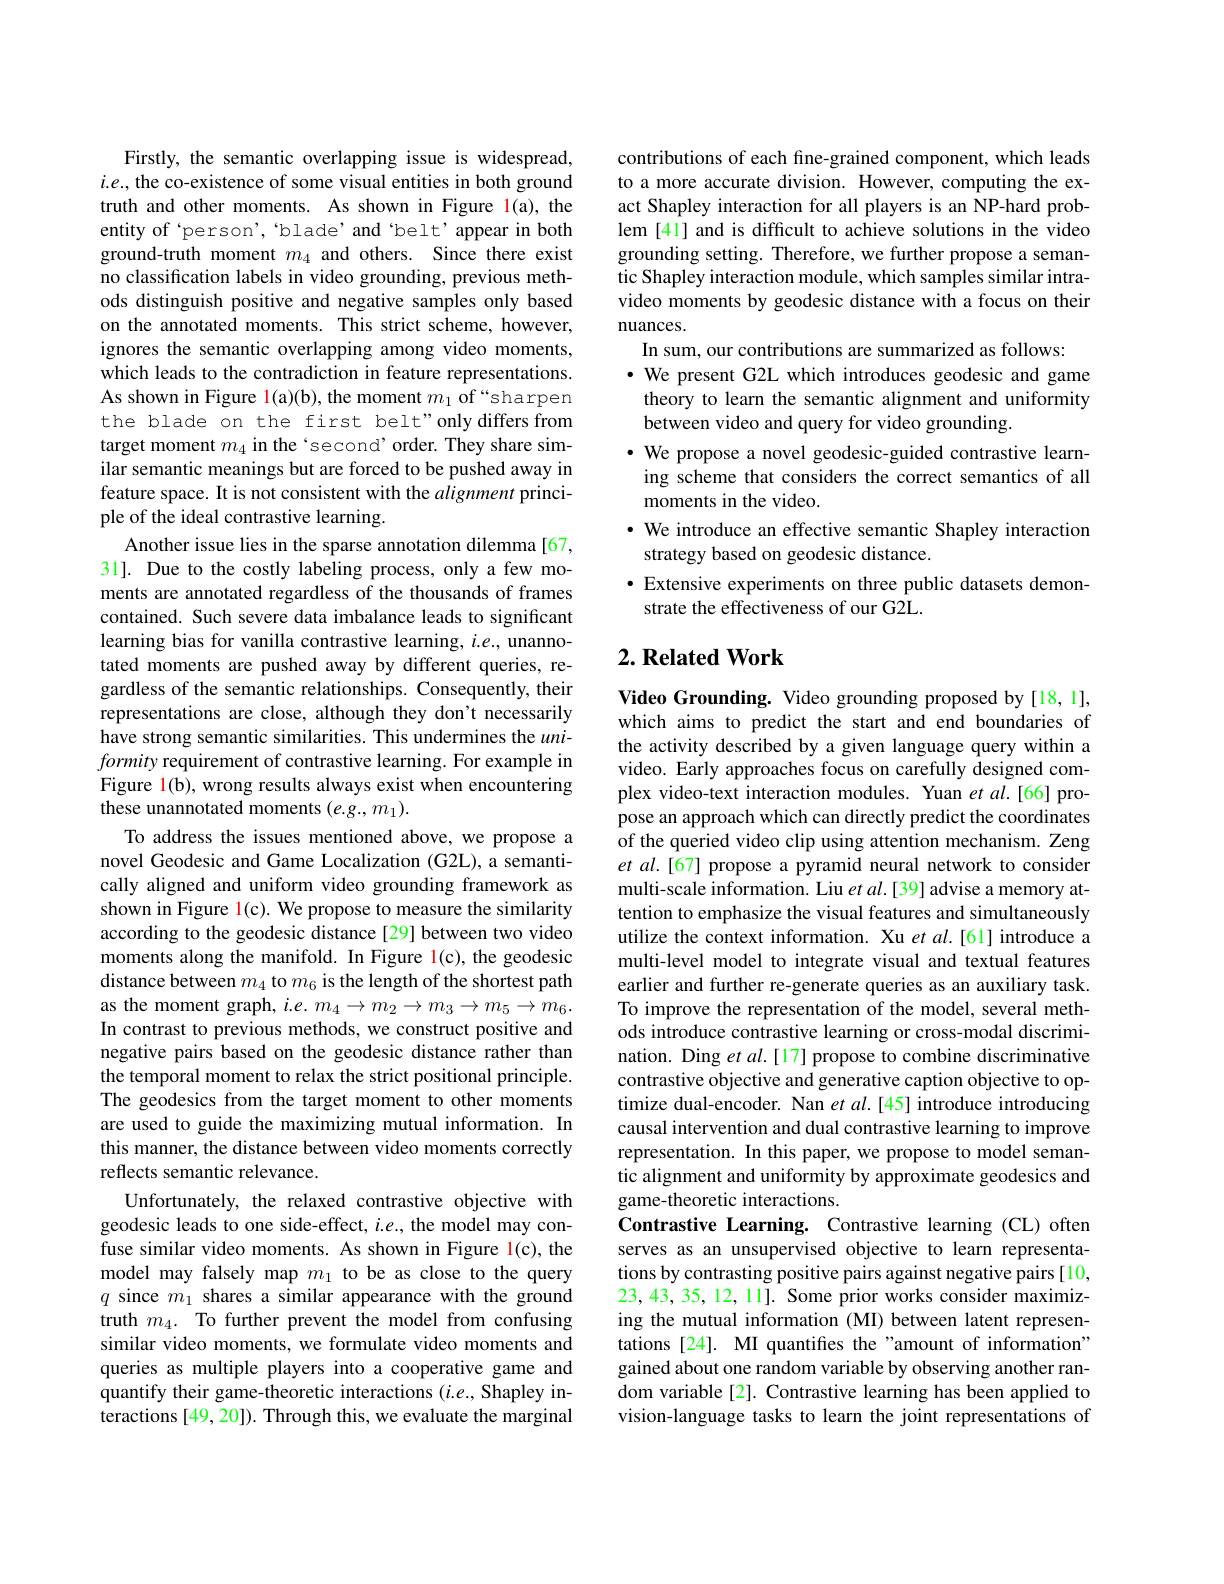
Firstly, the semantic overlapping issue is widespread, $i.e.$, the co-existence of some visual entities in both ground truth and other moments. As shown in Figure l(a), the entity of 'person', 'blade'and 'belt'appear in both ground-truth moment $m_{4}$ and others. Since there exist no classification labels in video grounding, previous methods distinguish positive and negative samples only based on the annotated moments. This strict scheme, however, ignores the semantic overlapping among video moments, which leads to the contradiction in feature representations. As shown in Figure l(a)(b), the moment $m_1$ of “sharpen the blade on the first belt"only differs from target moment $m_{4}$ in the‘second’order. They share similar semantic meanings but are forced to be pushed away in feature space. It is not consistent with the alignment principle of the ideal contrastive learning.
Another issue lies in the sparse annotation dilemma [67, 31]. Due to the costly labeling process, only a few moments are annotated regardless of the thousands of frames contained. Such severe data imbalance leads to significant learning bias for vanilla contrastive learning, $i.e.$, unannotated moments are pushed away by different queries, regardless of the semantic relationships. Consequently, their representations are close, although they don't necessarily have strong semantic similarities. This undermines the $uni-$ formity requirement of contrastive learning. For example in Figure l(b), wrong results always exist when encountering these unannotated moments (e.g.,m1).
To address the issues mentioned above, we propose a novel Geodesic and Game Localization (G2L), a semantically aligned and uniform video grounding framework as shown in Figure l(c). We propose to measure the similarity according to the geodesic distance[29] between two video moments along the manifold. In Figure l(c), the geodesic distance between $m_4$ to $m_6$ is the length of the shortest path as the moment graph, $i.e.m_{4}\to m_{2}\to m_{3}\to m_{5}\to m_{6}.$ In contrast to previous methods, we construct positive and negative pairs based on the geodesic distance rather than the temporal moment to relax the strict positional principle. The geodesics from the target moment to other moments are used to guide the maximizing mutual information. In this manner, the distance between video moments correctly reflects semantic relevance.
Unfortunately, the relaxed contrastive objective with geodesic leads to one side-effect, $i.e.$, the model may confuse similar video moments. As shown in Figure l(c), the model may falsely map $m_1$ to be as close to the query $q$ since $m_1$ shares a similar appearance with the ground truth $m_4.$ To further prevent the model from confusing similar video moments, we formulate video moments and queries as multiple players into a cooperative game and quantify their game-theoretic interactions ($i.e.$, Shapley interactions [49, 20]). Through this, we evaluate the marginal

contributions of each fine-grained component, which leads to a more accurate division. However, computing the exact Shapley interaction for all players is an NP-hard problem [41] and is difficult to achieve solutions in the video grounding setting. Therefore, we further propose a semantic Shapley interaction module, which samples similar intravideo moments by geodesic distance with a focus on their nuances.
In sum, our contributions are summarized as follows:
$\cdot$ We present G2L which introduces geodesic and game theory to learn the semantic alignment and uniformity between video and query for video grounding
$\cdot$ We propose a novel geodesic-guided contrastive learning scheme that considers the correct semantics of all moments in the video.
· We introduce an effective semantic Shapley interaction
strategy based on geodesic distance.
$\bullet$ Extensive experiments on three public datasets demon-
strate the effectiveness of our G2L.

## $2. \textbf{Related Work}$

Video Grounding. Video grounding proposed by[18,1], which aims to predict the start and end boundaries of the activity described by a given language query within a video. Early approaches focus on carefully designed complex video-text interaction modules. Yuan et al.[66] propose an approach which can directly predict the coordinates of the queried video clip using attention mechanism. Zeng et al.[67] propose a pyramid neural network to consider multi-scale information. Liu et al.[39] advise a memory attention to emphasize the visual features and simultaneously utilize the context information. Xu et al.[61] introduce a multi-level model to integrate visual and textual features earlier and further re-generate queries as an auxiliary task. To improve the representation of the model, several methods introduce contrastive learning or cross-modal discrimination. Ding et al.[17] propose to combine discriminative contrastive objective and generative caption objective to optimize dual-encoder. Nan $etal.[45]$ introduce introducing causal intervention and dual contrastive learning to improve representation. In this paper, we propose to model semantic alignment and uniformity by approximate geodesics and game-theoretic interactions
Contrastive Learning. Contrastive learning (CL) often serves as an unsupervised objective to learn representations by contrasting positive pairs against negative pairs[10, 23,43,35,12,11]. Some prior works consider maximizing the mutual information (MI) between latent representations [24]. MI quantifies the "amount of information" gained about one random variable by observing another random variable [2]. Contrastive learning has been applied to vision-language tasks to learn the joint representations of